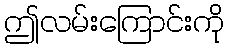
ဤလမ်းကြောင်းကို